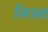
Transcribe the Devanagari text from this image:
निरासा